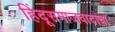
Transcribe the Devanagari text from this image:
हिंदूसमाजवादाचा